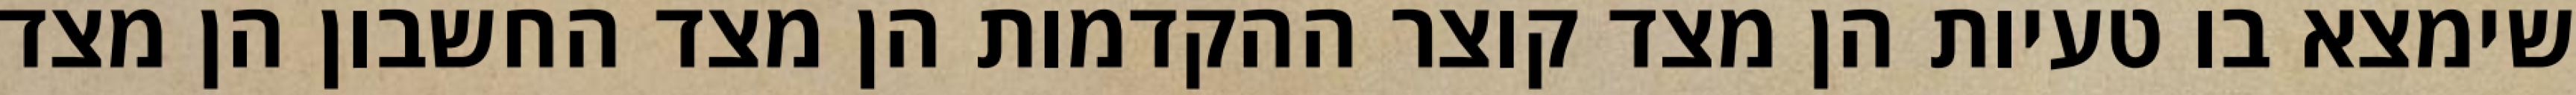
שימצא בו טעיות הן מצד קוצר ההקדמות הן מצד החשבון הן מצד